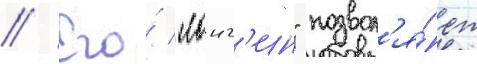
// Его́ "лонг'ин" позвол'я́ет